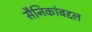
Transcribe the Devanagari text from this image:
सैनिकांबद्दल